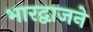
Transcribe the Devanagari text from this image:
भारद्वाजने